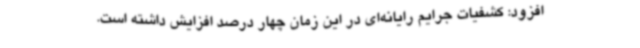
افزود: کشفیات جرایم رایانه‌ای در این زمان چهار درصد افزایش داشته است.